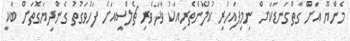
މެންޔޫ އަށް ގާތްގަނޑަކަށް ނިމިފައިހުރި ކުލުންތެރިއަކު ވާދަވެރި ޗެލްސީއަށް ފަހުވަގުތު ގެންދިޔަގޮތަށް ބާކީ